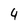
Character: 4